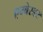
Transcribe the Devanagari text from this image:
एम्वेस्डर